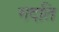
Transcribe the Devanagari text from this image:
गदति